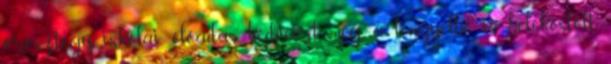
oroszt,egy iskolai előadás kedvéért még a lengyelbe is belekóstolt.